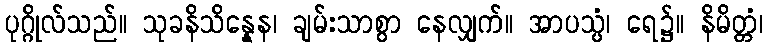
ပုဂ္ဂိုလ်သည်။ သုခနိသိန္နေန၊ ချမ်းသာစွာ နေလျှက်။ အာပသ္ပံ၊ ရေ၌။ နိမိတ္တံ၊